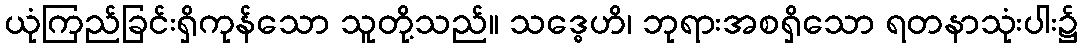
ယုံကြည်ခြင်းရှိကုန်သော သူတို့သည်။ သဒ္ဓေဟိ၊ ဘုရားအစရှိသော ရတနာသုံးပါး၌